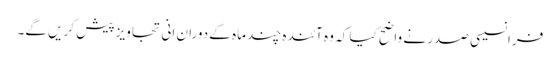
فرانسیسی صدر نے واضح کیا کہ وہ آئندہ چند ماہ کے دوران انی تجاویز پیش کریں گے۔